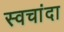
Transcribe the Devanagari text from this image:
स्वचांदा